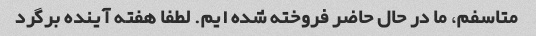
متاسفم، ما در حال حاضر فروخته شده ایم. لطفا هفته آینده برگرد